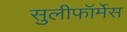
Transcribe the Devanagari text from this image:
सुलीफॉर्मेस